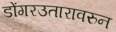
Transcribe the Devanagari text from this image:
डोंगरउतारावरुन